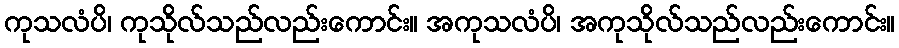
ကုသလံပိ၊ ကုသိုလ်သည်လည်းကောင်း။ အကုသလံပိ၊ အကုသိုလ်သည်လည်းကောင်း။